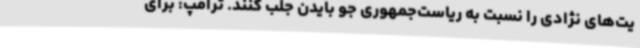
یت‌های نژادی را نسبت به ریاست‌جمهوری جو بایدن جلب کنند. ترامپ: برای